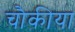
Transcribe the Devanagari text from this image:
चौकीया